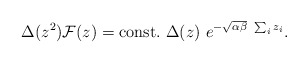
\begin{align*}\Delta(z^2){\cal F}(z)={\rm const.}~\Delta(z)~e^{-\sqrt{\alpha\beta}~\sum_iz_i}.\end{align*}